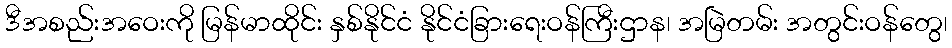
ဒီအစည်းအဝေးကို မြန်မာထိုင်း နှစ်နိုင်ငံ နိုင်ငံခြားရေးဝန်ကြီးဌာန၊ အမြဲတမ်း အတွင်းဝန်တွေ၊